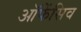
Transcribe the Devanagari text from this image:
ऑफेंसिव